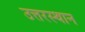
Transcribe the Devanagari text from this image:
उत्तरस्थान